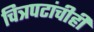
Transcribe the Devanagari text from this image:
चित्रपटांचीही